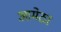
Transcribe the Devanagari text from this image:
आमेठा